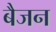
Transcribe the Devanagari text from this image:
बैजन